Annual report of the Imperial Bacteriological Laboratory, Muktesar
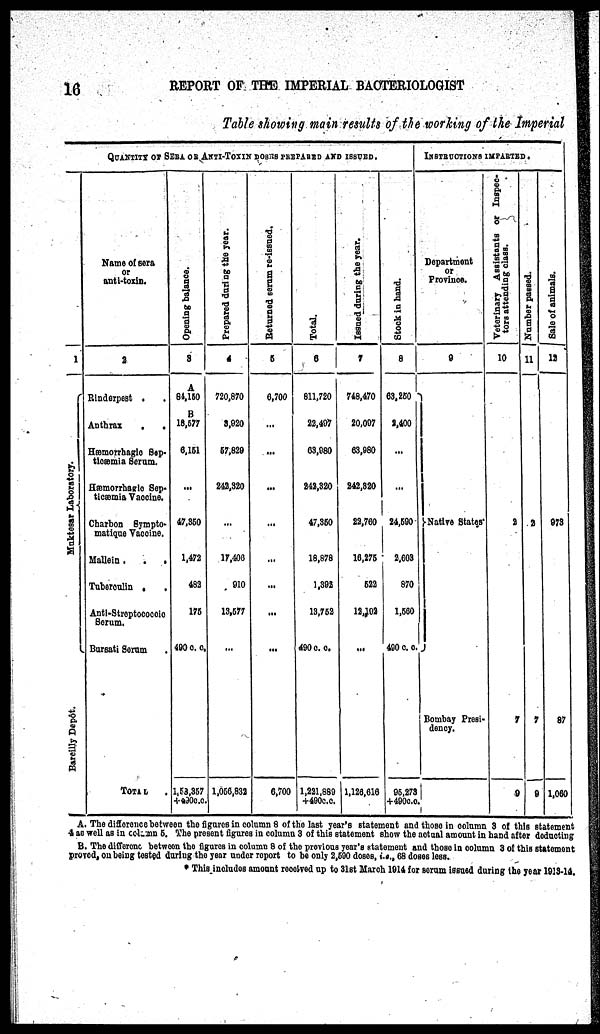
16
REPORT OF THE IMPERIAL BACTERIOLOGIST
Table showing main results of the working of the Imperial
QUANTITY OF SERA OF ANTI-TOXIN DOSES PREPARED AND ISSUED.
1
Muktesar Laboratory{
Burieilly Depôt
Name of Sera
or
anti-toxin.
2
Rinderpest .
Anthrax
.
.
Hæmorrhagic Sep-
ticæmia Serum.
Hæmorrhagic Sep-
ticæmia Vaccine.
Charbon Sympto¬
matique Vaccine.
Mallein.
.
.
Tuberculin ,
,
Anti-Streptococcic
Sorum.
Bursati Serum
TOTAL
.
Opening balance.
3
A
84,150
B
18,577
6,151
...
47,350
1,472
482
175
490 c.c.
1,58,357
+490c.c.
Prepared during the year.
4
720,870
3,920
57,829
242,320
17,406
910
13,577
...
1,056,832
Returned serum re-issued.
5
6,700
...
...
...
...
6,700
Total.
6
811,720
22,497
63,980
242,320
47,350
18,878
1,392
13,752
490 c.c.
1,221,889
+490c.c.
Issued during
the year.
7
748,470
20,097
63,980
242,820
22,760
16,275
522
12,102
...
1,126,616
Stock in hand.
8
63,250
2,400
...
...
24,590
2,603
870
1,560
490 c. c.
95,273
+490c.c.
INSTRUCTIONS IMPARTED.
Department
or
Province.
9
}Native States.
Bombay Presi-
dency.
Veterinary Assistants or Inspec-
tors attending class.
10
2
7
9
Number passed.
11
2
7
9
Sale of animals.
12
973
87
1,060
A. The difference between the figures in column 8 of the last year's statement and those in column 3 of this statement
4 as well as in coloumn 5. The present figures in column 3 of this statement show the actual amount in hand after deducting
B. The differene between the figures in column 8 of the previous year's statement and those in column 3 of this statement
proved, on being tested during the year under report to be only 2,590 doses, i.e., 68 doses less.
* This includes amount received up to 31st March 1914 for serum issued during the year 1913-14.